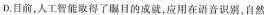
D.目前，人工智能取得了瞩目的成就，应用在语音识别，自然